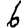
Digit: 6